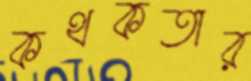
কথকতার